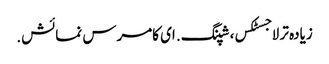
زیادہ تر لاجسٹکس، شپنگ. ای کامرس نمائش.